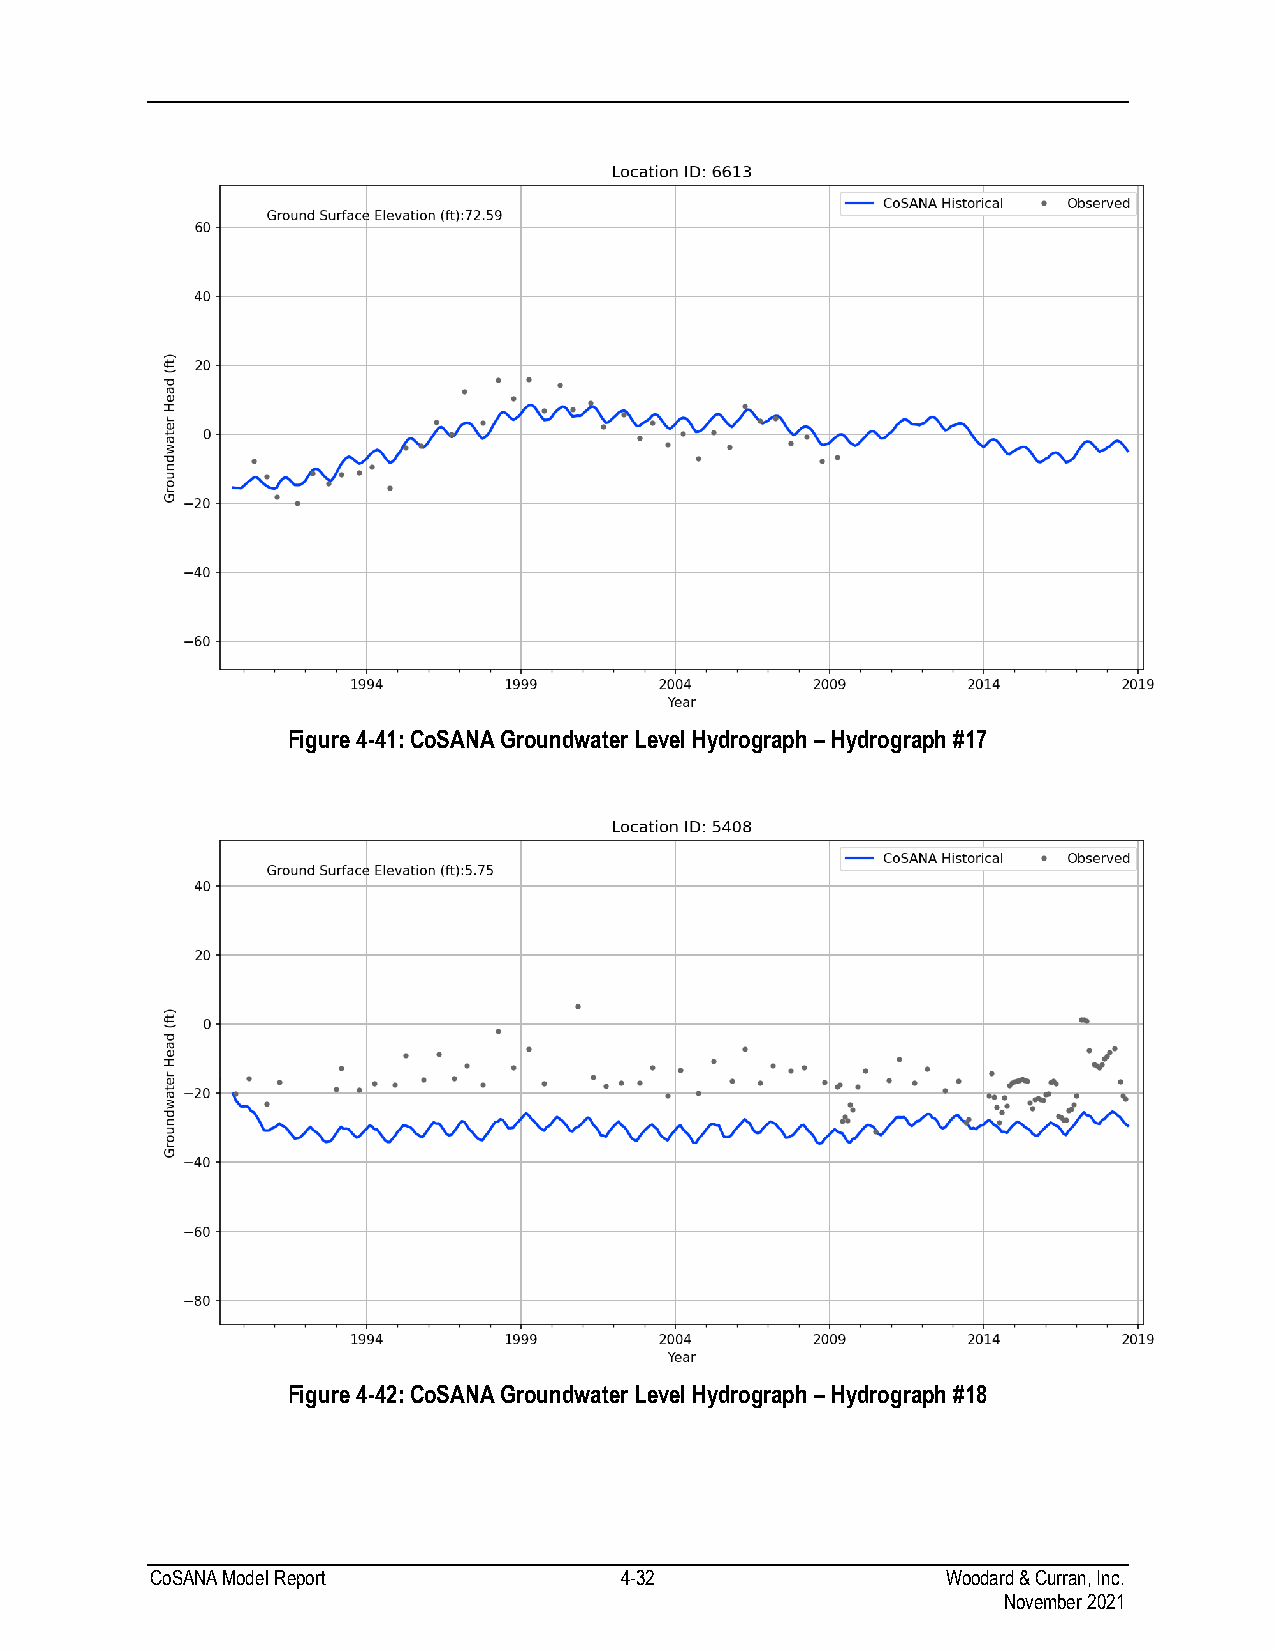
Figure 4-41: CoSANA Groundwater Level Hydrograph – Hydrograph #17
 Figure 4-42: CoSANA Groundwater Level Hydrograph – Hydrograph #18
 CoSANA Model Report            4-32                  Woodard & Curran, Inc.
 November 2021